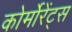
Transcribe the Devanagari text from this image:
कोर्मोरेंट्स